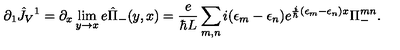
\partial _ { 1 } \hat { J } _ { V } { } ^ { 1 } = \partial _ { x } \lim _ { y \rightarrow x } e \hat { \Pi } _ { - } ( y , x ) = { \frac { e } { \hbar L } } \sum _ { m , n } i ( \epsilon _ { m } - \epsilon _ { n } ) e ^ { { \frac { i } { \hbar } } ( \epsilon _ { m } - \epsilon _ { n } ) x } \Pi _ { - } ^ { m n } .